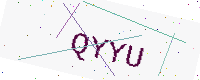
Text: QYYU